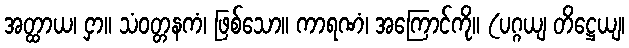
အတ္ထာယ၊ ငှာ။ သံဝတ္တနကံ၊ ဖြစ်သော။ ကာရဏံ၊ အကြောင်ကို။ (ပဂ္ဂယျ တိဋ္ဌေယျ၊